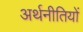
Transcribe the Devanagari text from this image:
अर्थनीतियों